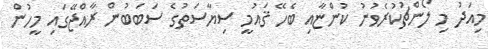
މިއަދު މި ލޯންޗުކުރެވުނު ކުންޏާއި ބެހޭ ޤައުމީ ސިޔާސަތުގެ ސަބަބުން ރާއްޖޭގައި މީހުން